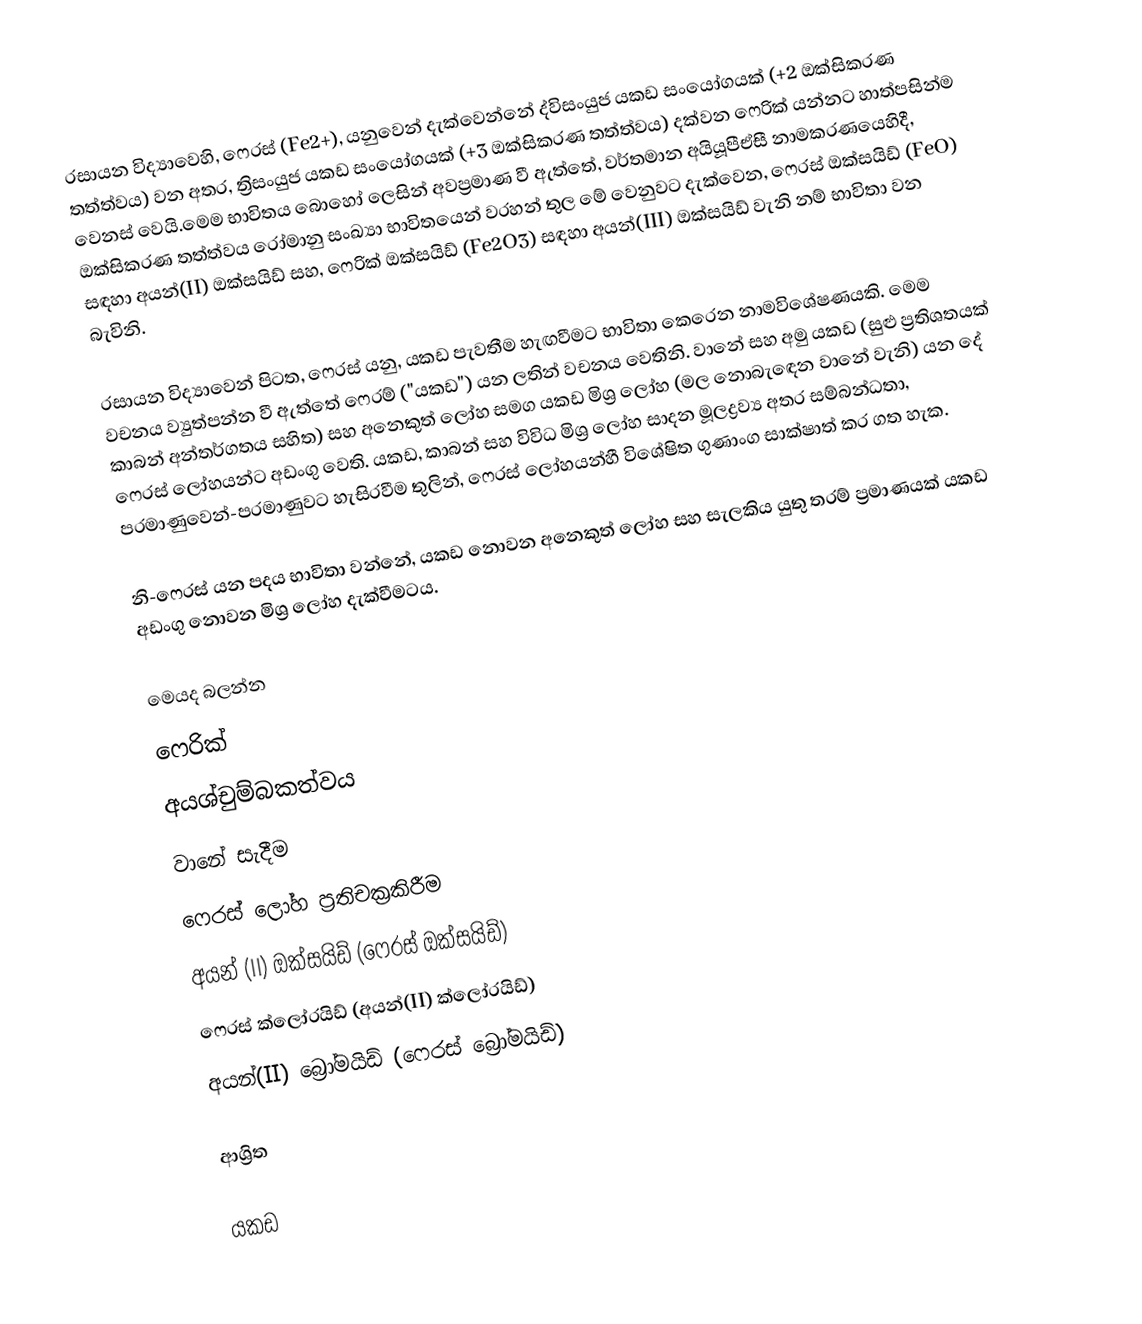
රසායන විද්‍යාවෙහි, ෆෙරස් (Fe2+), යනුවෙන් දැක්වෙන්නේ ද්විසංයුජ යකඩ සංයෝගයක් (+2 ඔක්සිකරණ තත්ත්වය) වන අතර, ත්‍රිසංයුජ යකඩ සංයෝගයක් (+3 ඔක්සිකරණ තත්ත්වය) දක්වන ෆෙරික් යන්නට හාත්පසින්ම වෙනස් වෙයි.මෙම භාවිතය බොහෝ ලෙසින් අවප්‍රමාණ වී ඇත්තේ, වර්තමාන අයියූපීඒසී නාමකරණයෙහිදී, ඔක්සිකරණ තත්ත්වය රෝමානු සංඛ්‍යා භාවිතයෙන් වරහන් තුල මේ වෙනුවට දැක්වෙන,   ෆෙරස් ඔක්සයිඩ් (FeO) සඳහා අයන්(II) ඔක්සයිඩ්  සහ, ෆෙරික් ඔක්සයිඩ් (Fe2O3) සඳහා අයන්(III) ඔක්සයිඩ් වැනි නම් භාවිතා වන බැවිනි.

රසායන විද්‍යාවෙන් පිටත, ෆෙරස් යනු, යකඩ පැවතීම හැඟවීමට භාවිතා කෙරෙන නාමවිශේෂණයකි. මෙම වචනය ව්‍යුත්පන්න වී ඇත්තේ  ෆෙරම් ("යකඩ") යන ලතින් වචනය වෙතිනි.  වානේ සහ අමු යකඩ (සුළු ප්‍රතිශතයක් කාබන් අන්තර්ගතය සහිත) සහ අනෙකුත් ලෝහ සමග යකඩ මිශ්‍ර ලෝහ  (මල නොබැඳෙන වානේ වැනි) යන දේ ෆෙරස් ලෝහයන්ට අඩංගු වෙති. යකඩ, කාබන් සහ විවිධ මිශ්‍ර ලෝහ සාදන මූලද්‍රව්‍ය අතර සම්බන්ධතා, පරමාණුවෙන්-පරමාණුවට  හැසිරවීම තුලින්, ෆෙරස් ලෝහයන්හී විශේෂිත ගුණාංග සාක්ෂාත් කර ගත හැක.

නි-ෆෙරස් යන පදය භාවිතා වන්නේ, යකඩ නොවන අනෙකුත්  ලෝහ සහ සැලකිය යුතු තරම් ප්‍රමාණයක් යකඩ අඩංගු නොවන මිශ්‍ර ලෝහ දැක්වීමටය.

මෙයද බලන්න
ෆෙරික්
අයශ්චුම්බකත්වය
වානේ සැදීම
ෆෙරස් ලෝහ ප්‍රතිචක්‍රකිරීම
 අයන් (II) ඔක්සයිඩ් (ෆෙරස් ඔක්සයිඩ්)
 ෆෙරස් ක්ලෝරයිඩ් (අයන්(II) ක්ලෝරයිඩ්)
 අයන්(II) බ්‍රෝමයිඩ් (ෆෙරස් බ්‍රෝමයිඩ්)

ආශ්‍රිත

යකඩ